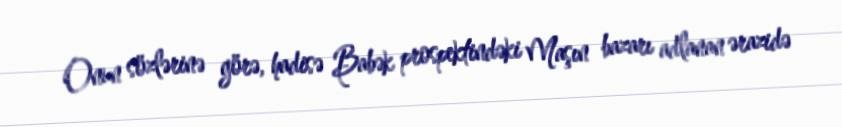
Onun sözlərinə görə, hadisə Babək prospektindəki Maşın bazarı adlanan ərazidə